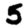
Digit: 5